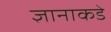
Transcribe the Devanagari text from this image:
ज्ञानाकडे